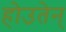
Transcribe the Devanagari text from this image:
होउतेन्